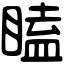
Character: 瞌